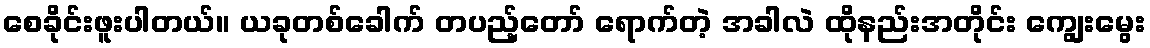
စေခိုင်းဖူးပါတယ်။ ယခုတစ်ခေါက် တပည့်တော် ရောက်တဲ့ အခါလဲ ထိုနည်းအတိုင်း ကျွေးမွေး